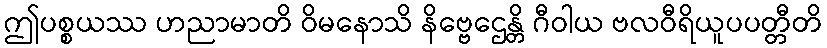
ဤပစ္စယဿ ဟညာမာတိ ဝိမနောသိ နိဗ္ဗေဌေန္တိ ဂီဝါယ ဗလဝီရိယူပပတ္တီတိ